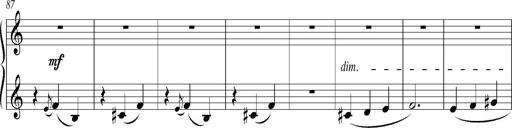
Title: Bagatelle sans tonalitÃ©
Composer: Franz Liszt